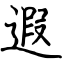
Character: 遐